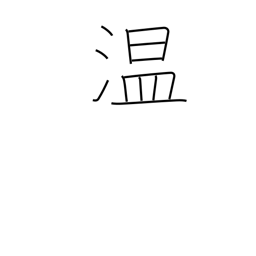
Meaning: warm